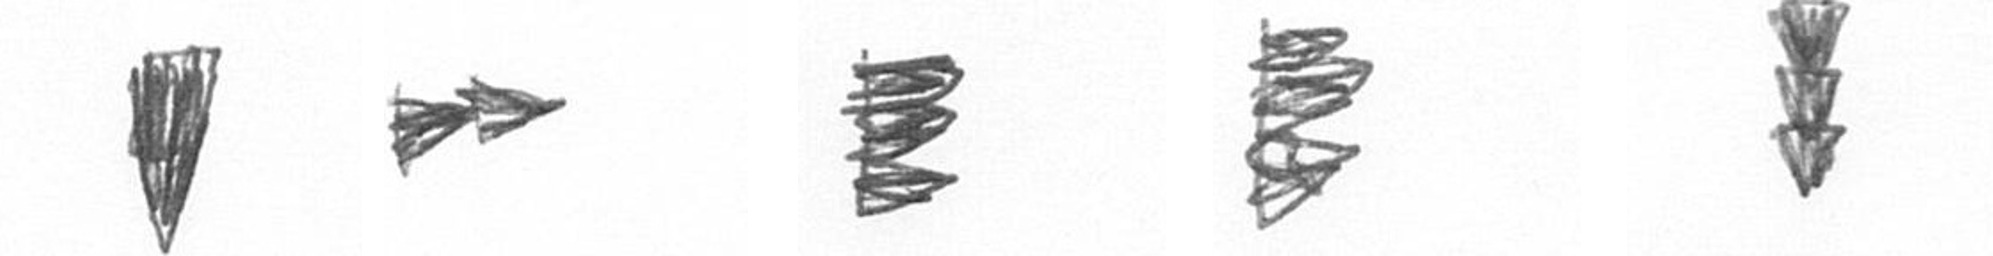
J A H H E